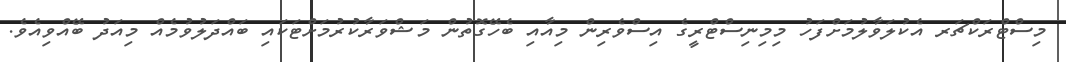
މިސްޓްރަކްޗަރ އެކުލަވާލުމަށްފަހު މިމިނިސްޓްރީގެ އިސްވެރިން މިއާއި ބެހޭގޮތުން މަޝްވަރާކުރުމަށްޓަކައި ބައްދަލުވުމެއް މިއަދު ބޭއްވިއެވެ.